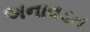
અનાવડત